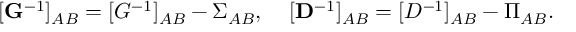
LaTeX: [ { \bf G } ^ { - 1 } ] _ { A B } = [ G ^ { - 1 } ] _ { A B } - \Sigma _ { A B } , \; \; \; \; [ { \bf D } ^ { - 1 } ] _ { A B } = [ D ^ { - 1 } ] _ { A B } - \Pi _ { A B } .